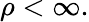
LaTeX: \rho<\infty.